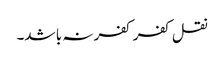
نقل کفر کفر نہ با شد۔